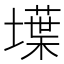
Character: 𡑢